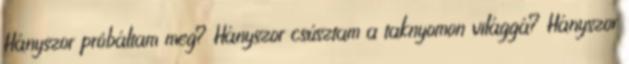
Hányszor próbáltam meg? Hányszor csúsztam a taknyomon világgá? Hányszor